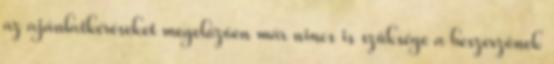
az ajánlatkéréseket megelőzően már nincs is szüksége a beszerzőnek